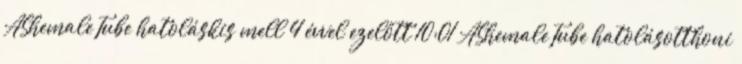
AShemaleTube hatoláskis mell 4 évvel ezelőtt 10:01 AShemaleTube hatolásotthoni